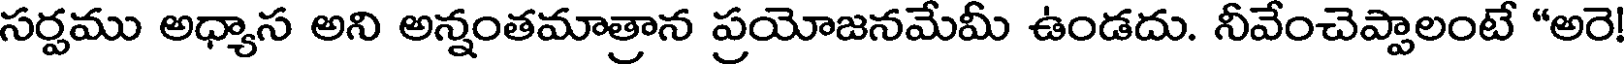
సర్పము అధ్యాస అని అన్నంతమాత్రాన ప్రయోజనమేమీ ఉండదు. నీవేంచెప్పాలంటే "అరె